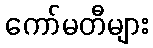
ကော်မတီများ